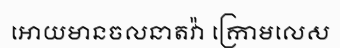
អោយមានចលនាតវ៉ា ក្រោមលេស